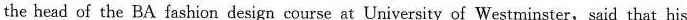
the head of the BA fashion design course at University of Westminster, said that his